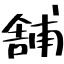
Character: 舗